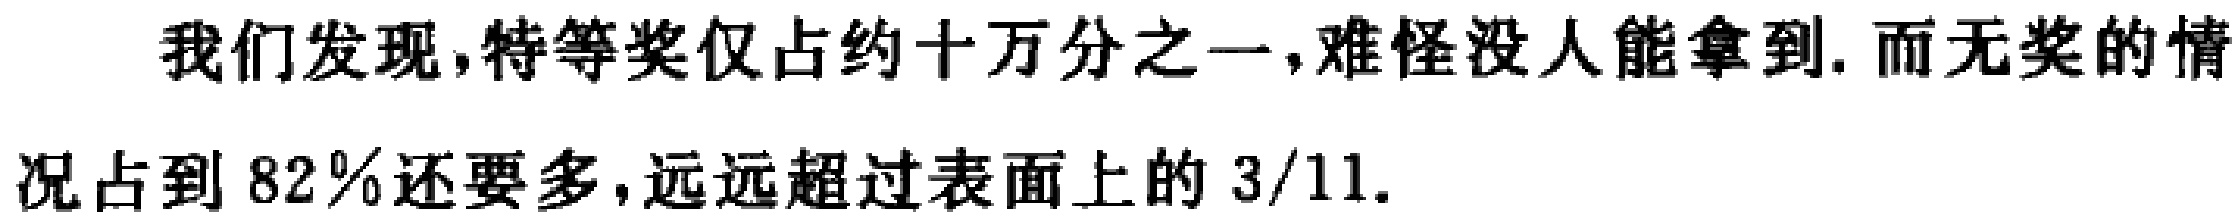
我们发现,特等奖仅占约十万分之一,难怪没人能拿到. 而无奖的情况占到 \(82\%\)还要多,远远超过表面上的 \(3/11\).